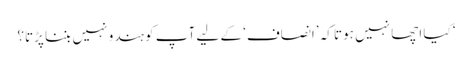
‘ کیا اچھا نہیں ہوتا کہ ’انصاف‘ کے لیے آپ کو ہندو نہیں بننا پڑتا؟